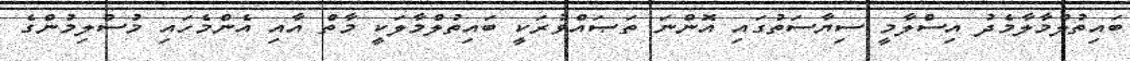
ބައިތުލްމާލާމެދު އިސްލާމީ ސިޔާސަތުގައި އޮންނަ ތަޞައްވުރަކީ ބައިތުލްމާލަކީ މާތް އާއި އެންމެހައި މުސްލިމުންގެ